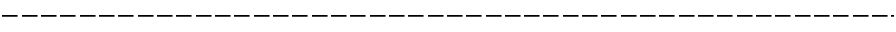
--- --- --- --- --- --- --- --- --- --- --- --- --- --- --- --- --- \operatorname * { l i m } _ { N \to \infty } \frac { 1 } { N ^ { 1 + n / 2 } } \langle t r ( M ( x _ { n } ) . . . M ( x _ { 1 } ) ) \rangle = < \Phi ( x _ { n } ) . . . \Phi ( x _ { 1 } ) > .